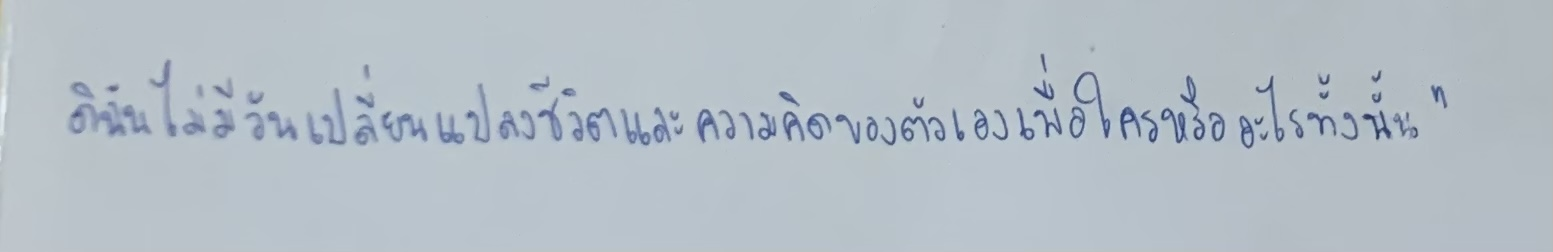
ดิฉันไม่มีวันเปลี่ยนแปลงชีวิตและความคิดของตัวเองเพื่อใครหรืออะไรทั้งนั้น"